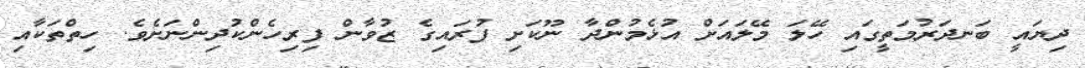
ދިޔައީ ބަނދަރުމަތީގައި ހޭލަ މޭލައަށް އުޅެމުންދާ ނޫކަށި ފުރައިގެ ޒުވާން ފިރިހެންކުދިންނަށެވެ. ހިތްތަކާއި